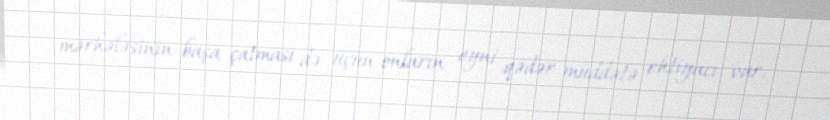
mərhələsinin başa çatması də üçün onların eyni qədər müddətə ehtiyacı var.